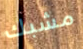
مشبك